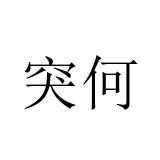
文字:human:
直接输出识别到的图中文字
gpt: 突何